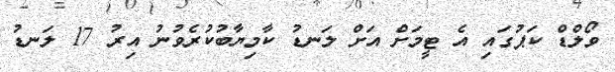
ވޯލްޑް ކަޕުގައި އެ ޓީމަށް އަށް ލަނޑު ކާމިޔާބުކުރެވުނު އިރު 17 ލަނޑު